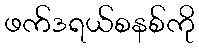
ဖက်ဒရယ်စနစ်ကို